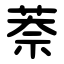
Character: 萘